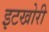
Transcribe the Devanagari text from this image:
इटखोरी